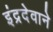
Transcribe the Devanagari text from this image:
इंद्रदेवाने